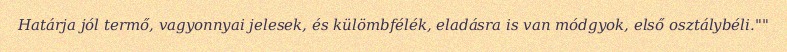
Határja jól termő, vagyonnyai jelesek, és külömbfélék, eladásra is van módgyok, első osztálybéli.""